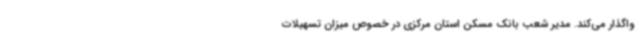
واگذار می‌کند. مدیر شعب بانک مسکن استان مرکزی در خصوص میزان تسهیلات